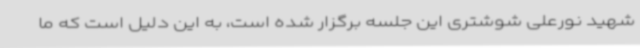
شهید نورعلی شوشتری این جلسه برگزار شده است، به این دلیل است که ما